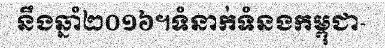
នឹងឆ្នាំ២០១៦។ទំនាក់ទំនងកម្ពុជា-